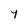
Character: Y